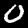
Label: 0